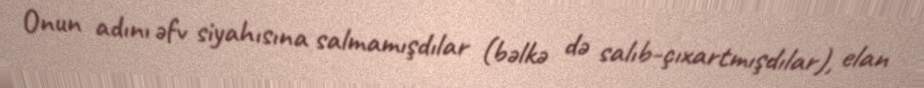
Onun adını əfv siyahısına salmamışdılar (bəlkə də salıb-çıxartmışdılar), elan